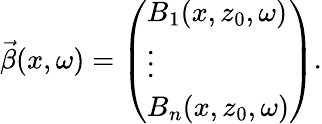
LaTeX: \vec{\beta}(x,\omega)=\left(\begin{array}{l}{B_{1}(x,z_{0},\omega)}\\ {\vdots}\\ {B_{n}(x,z_{0},\omega)}\end{array}\right).